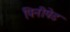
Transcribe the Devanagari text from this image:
पिनीपेड